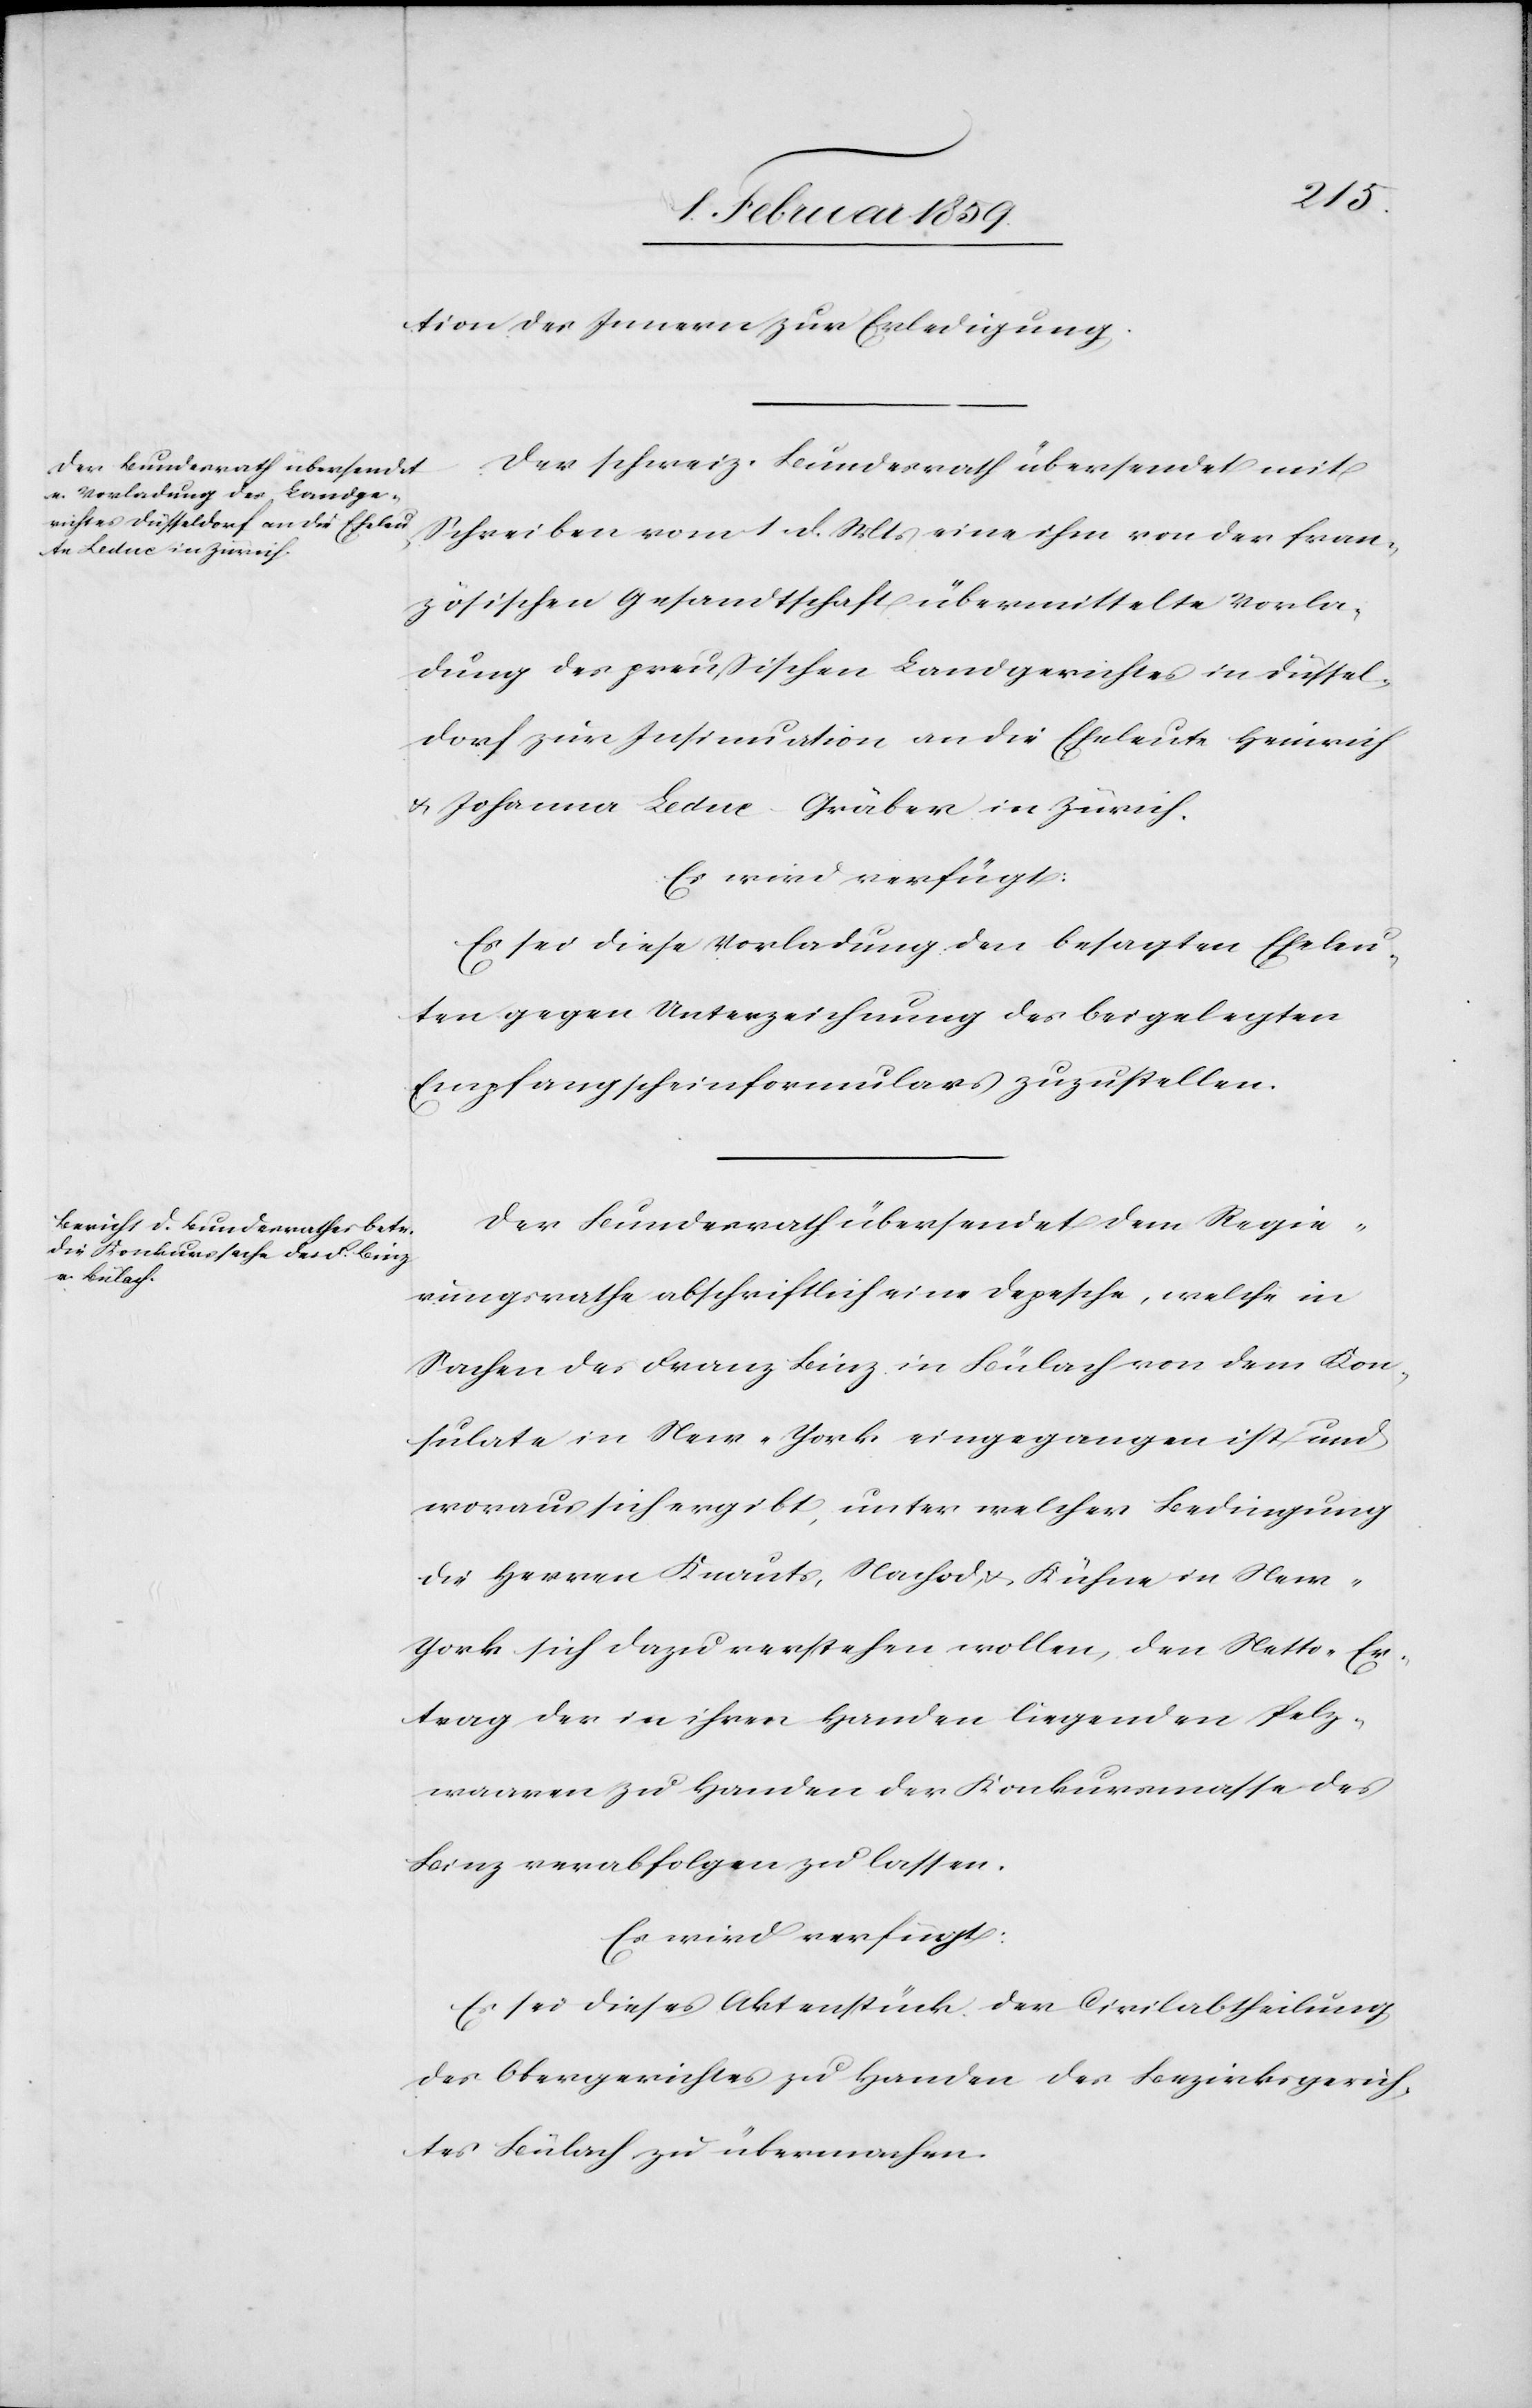
3. Februar 1859.]
tion des Innern zur Erledigung.
Der schweiz. Bundesrath übersendet mit
Schreiben vom 1. d. Mts eine ihm von der fran¬
zösischen Gesandtschaft übermittelte Vorla¬
dung des preußischen Landgerichtes in Düssel¬
dorf zur Insinuation an die Eheleute Heinrich
& Johanna Leduc-Gräber in Zürich.
Es wird verfügt:
Es sei diese Vorladung den besagten Eheleu¬
ten gegen Unterzeichnung des beigelegten
Empfangscheinformulars zuzustellen.
Der Bundesrath übersendet dem Regie¬
rungsrathe abschriftlich eine Depesche, welche in
Sachen des Franz Binz in Bülach von dem Kon¬
sulate in New-York eingegangen ist und
woraus sich ergibt, unter welcher Bedingung
die Herren Knauts, Nachod, u. Kühne in Ne¬
w-York sich dazu verstehen wollen, den Netto-Er¬
trag der in ihren Handen liegenden Pelz¬
waaren zu Handen der Konkursmasse des
Binz verabfolgen zu lassen.
Es wird verfügt:
Es sei dieses Aktenstück der Civilabtheilung
des Obergerichtes zu Handen des Bezirksgerich¬
tes Bülach zu übermachen.